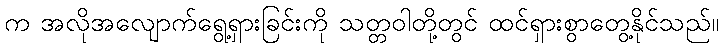
က အလိုအလျောက်ရွေ့ရှားခြင်းကို သတ္တဝါတို့တွင် ထင်ရှားစွာတွေ့နိုင်သည်။